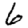
Digit: 6